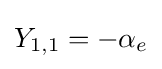
Y_{1,1}=-\alpha _{e}